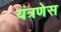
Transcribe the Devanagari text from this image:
यंत्रणेस